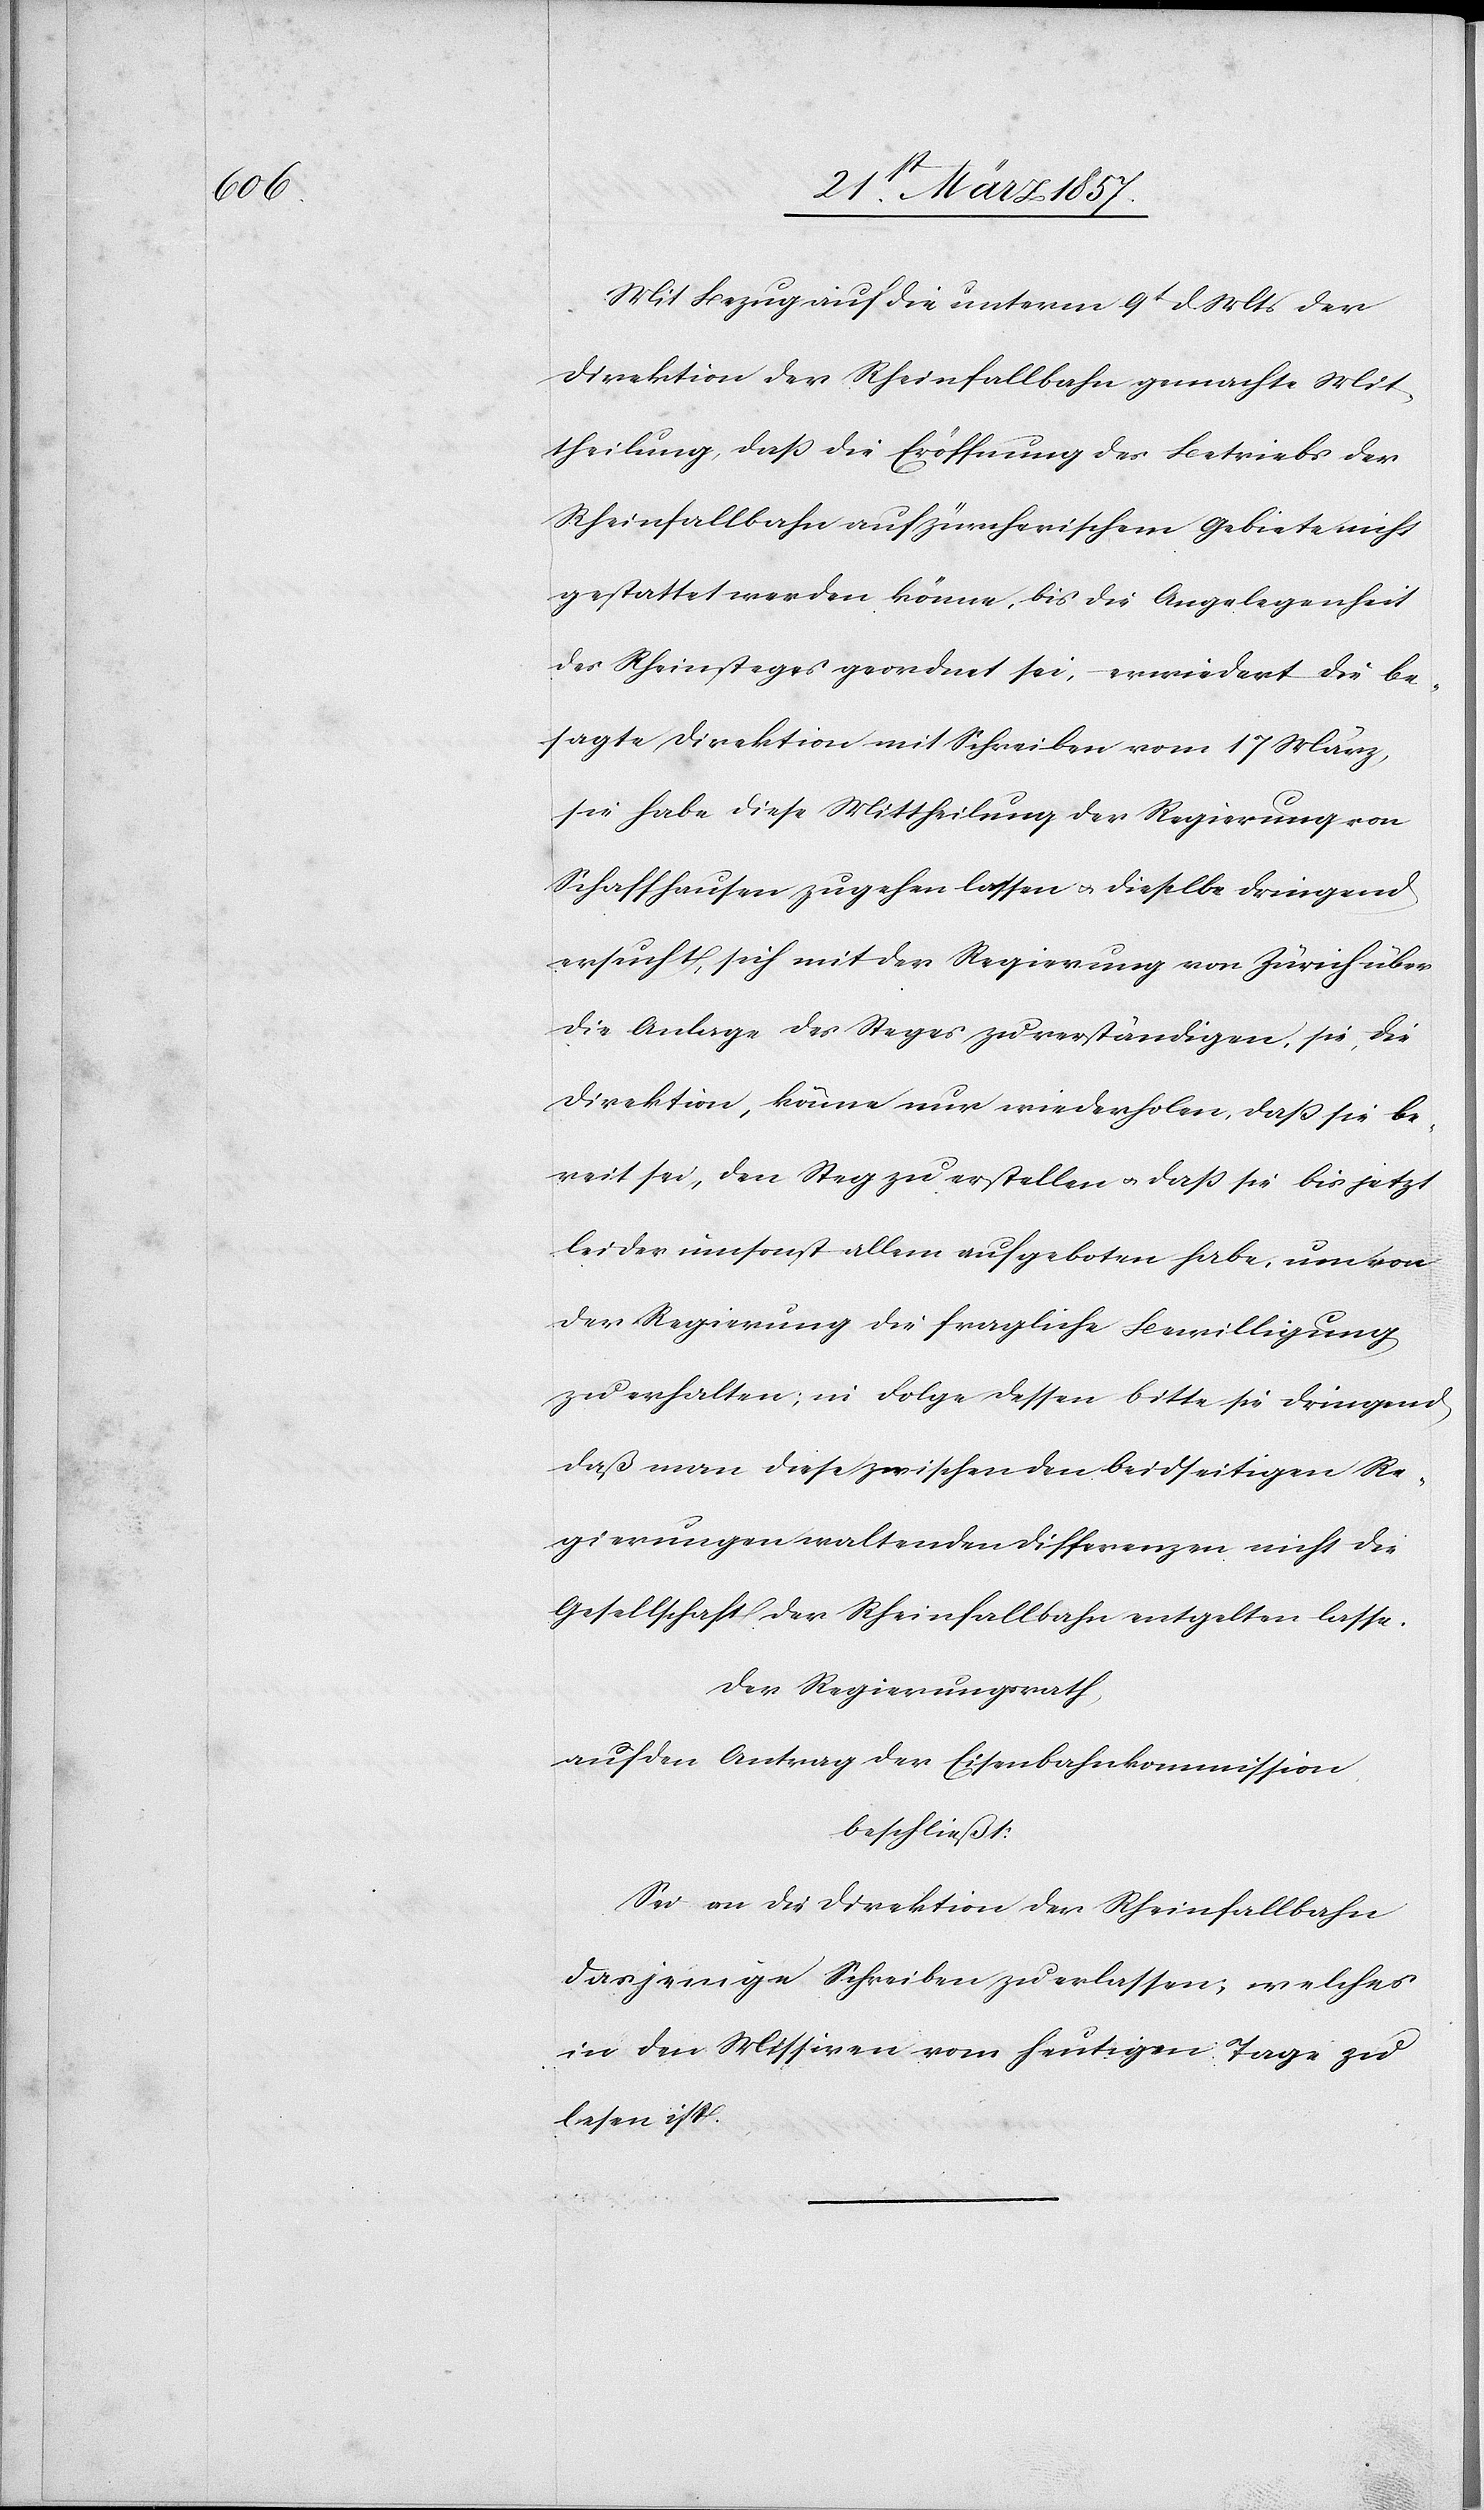
Mit Bezug auf die unterm 9t d. Mts der
Direktion der Rheinfallbahn gemachte Mit¬
theilung, daß die Eröffnung des Betriebs der
Rheinfallbahn auf zürcherischem Gebiete nicht
gestattet werden könne, bis die Angelegenheit
des Rheinsteges geordnet sei, erwiedert die be¬
sagte Direktion mit Schreiben vom 17 März,
sie habe diese Mittheilung der Regierung von
Schaffhausen zugehen lassen u. dieselbe dringend
ersucht, sich mit der Regierung von Zürich über
die Anlage des Steges zu verständigen, sie, die
Direktion, könne nur wiederholen, daß sie be¬
reit sei, den Steg zu erstellen u. daß sie bis jetzt
leider umsonst allem aufgeboten habe, um von
der Regierung die fragliche Bewilligung
zu erhalten; in Folge dessen bitte sie dringend,
daß man diese zwischen den beidseitigen Re¬
gierungen waltenden Differenzen nicht die
Gesellschaft der Rheinfallbahn entgelten lasse.
Der Regierungsrath,
auf den Antrag der Eisenbahnkommission
beschließt:
Sei an die Direktion der Rheinfallbahn
dasjenige Schreiben zu erlassen, welches
in den Missiven vom heutigen Tage zu
lesen ist.